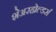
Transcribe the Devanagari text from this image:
शेअरहोल्डर्स